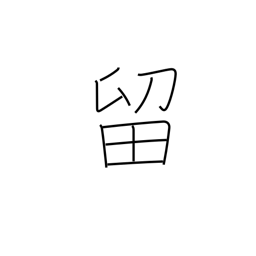
Meaning: detain